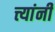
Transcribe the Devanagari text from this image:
त्त्यांनी